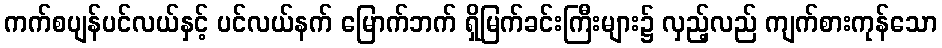
ကက်စပျန်ပင်လယ်နှင့် ပင်လယ်နက် မြောက်ဘက် ရှိမြက်ခင်းကြီးများ၌ လှည့်လည် ကျက်စားကုန်သော